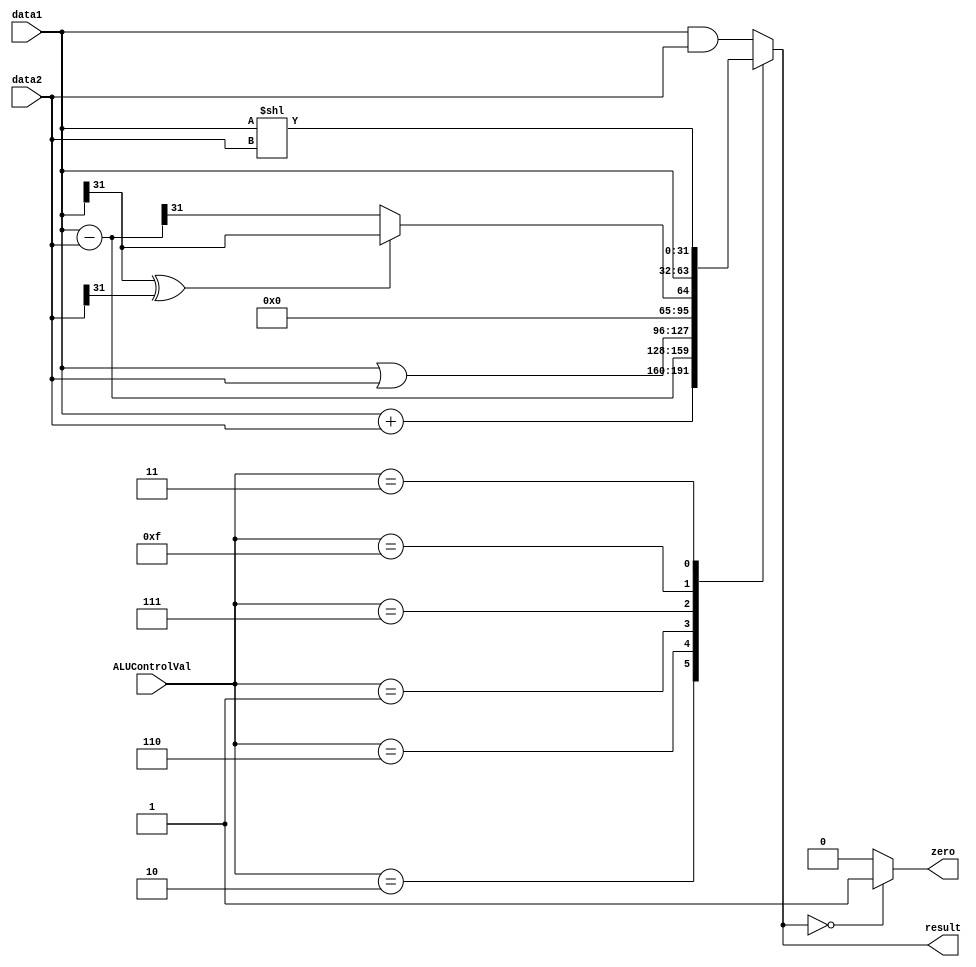
module ALU(input[31:0] data1, data2,
	input[3:0] ALUControlVal,
	output [31:0] result,
	output zero);
	
	reg [31:0] resultReg;
	reg [31:0] temp;
	
	always @(*) begin
		temp <= data1 - data2;
	end
	
	always @(data1, data2, ALUControlVal, temp) begin
	
		case (ALUControlVal)
		
			4'b0010	:	resultReg <= data1 + data2;
			4'b0110	:	resultReg <= data1 - data2;
			4'b0001	:	resultReg <= data1 | data2;
			4'b0111	:	resultReg <= (data1[31] ^ data2[31]) ? {31'b0, data1[31]} : {31'b0, temp[31]};
			4'b1111	:	resultReg <= data1;	// swap
			4'b0011	:	resultReg <= data1 << data2; // sll
			default	:	resultReg <= data1 & data2;
		
		endcase
	
	end
	
	assign result = resultReg;
	assign zero = (resultReg == 32'b0) ? 1'b1 : 1'b0;

endmodule